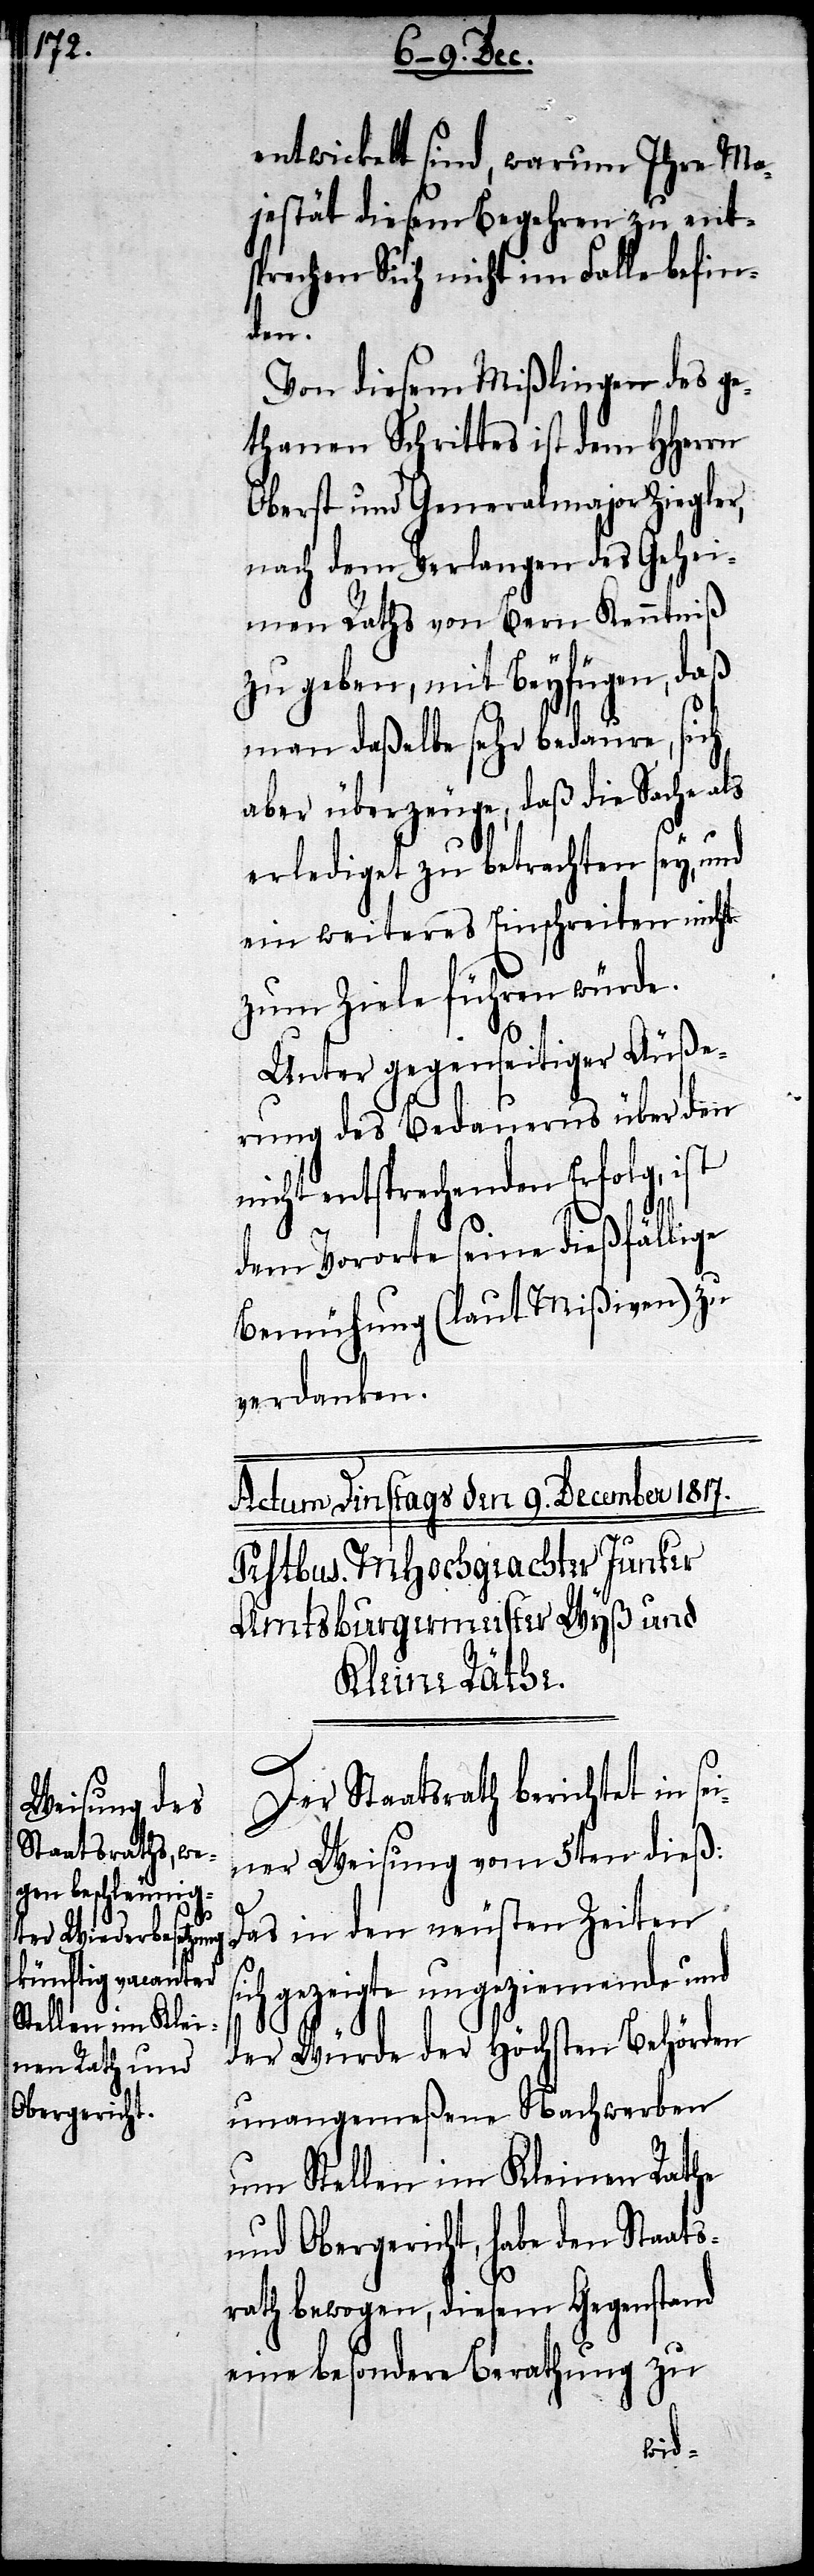
entwickelt sind, warum Ihre Ma¬
jestät, diesem Begehren zu ent¬
sprechen Sich nicht im Falle befin¬
det.
Von diesem Mißlingen des ge¬
thanen Schrittes ist dem HHerrn
Oberst und Generalmajor Ziegler,
nach dem Verlangen des Gehei¬
men Raths von Bern Kenntniß
zu geben, mit Beyfügen, daß
man daßelbe sehr bedaure, sich
aber überzeuge, daß die Sache als
erlediget zu betrachten sey, und
ein weiteres Einschreiten nicht
zum Ziele führen würde.
Unter gegenseitiger Äuße¬
rung des Bedauerns über den
nicht entsprechenden Erfolg, ist
dem Vororte seine dießfällige
Bemühung (laut Mißiven) zu
verdanken.
si¬
Der Staatsrath berichtet in
ner Weisung vom 5ten dieß:
Das in den neusten Zeiten
ch gezeigte ungeziemende und
der Würde der Höchsten Behörden
unangemeßene Nachwerben
um Stellen im Kleinen Rathe
und Obergericht, habe den Staats¬
rath bewogen, diesem Gegenstand
eine besondere Berathung zu
sei¬